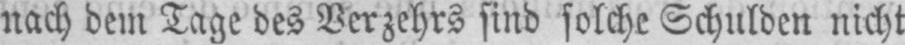
nach dem Tage des Verzehrs sind solche Schulden nicht